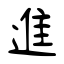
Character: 進